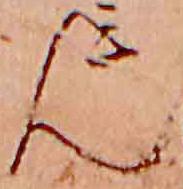
ん